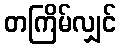
တကြိမ်လျှင်